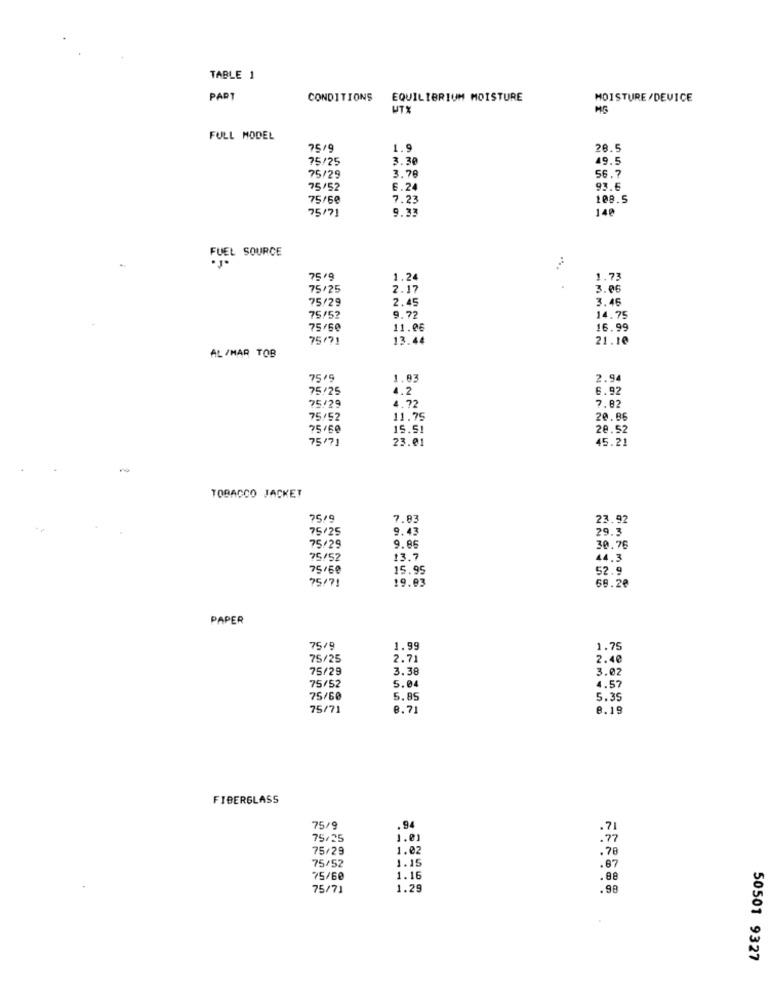
TABLE 1
PART
CONDITIONS
EQUILIBRIUM MOISTURE
MOISTURE/DEVICE
UTX
MG
FULL MODEL
75/9
1.9
28.5
75/25
3.30
49.5
75/29
3.78
56.7
75/52
6.24
93.5
75/60
7.23
108.5
75/71
9.33
140
FUEL SOURCE
75/9
1.24
1.73
75/25
2.17
3.06
75/29
2,45
3.46
75/52
9.72
14.75
75/60
11.06
16.99
75/71
13.44
21.10
AL /MAR TOB
75/9
1.93
2.94
75/25
4.2
6.92
75/29
4.72
7.82
75/52
11.75
20.86
75/60
15.51
20.52
75171
23.01
45.21
TOBACCO JACKET
75/9
7.83
23.92
75/25
9.43
29.3
9.86
75/29
30.76
75/52
13.7
44.3
75/60
15.95
52.9
75/7!
19.03
69.20
PAPER
75/9
1.99
1.75
75/25
2.71
2.40
75/29
3.38
3.02
4.57
75/52
5.04
75/60
5.85
5.35
75/71
8.71
8.19
FIBERGLASS
75/9
.94
.71
75/25
1.01
. 77
75/29
1.02
.78
75/52
1.15
.67
75/60
1.16
.88
75/71
1.29
.98
50501 9327